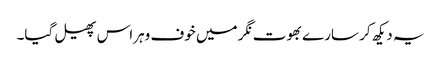
یہ دیکھ کر سارے بھوت نگر میں خوف وہراس پھیل گیا۔